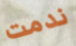
ندمت